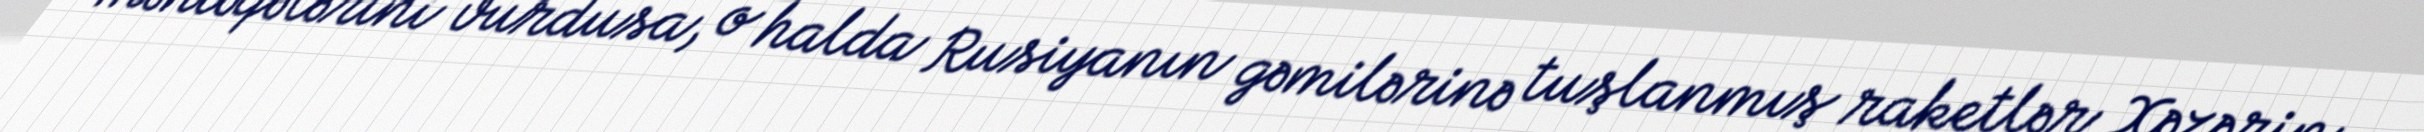
məntəqələrini vurdusa, o halda Rusiyanın gəmilərinə tuşlanmış raketlər Xəzərin